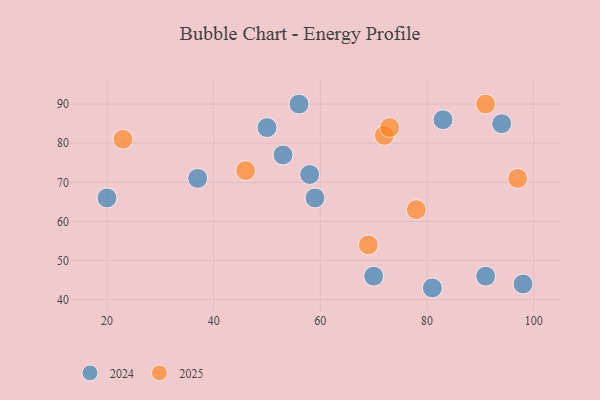
{"axis": {"x": "GDP", "y": "Life Expectancy"}, "legend": ["2024", "2025"], "data": [{"x": "94", "y": 85, "type": "2024"}, {"x": "98", "y": 44, "type": "2024"}, {"x": "83", "y": 86, "type": "2024"}, {"x": "59", "y": 66, "type": "2024"}, {"x": "56", "y": 90, "type": "2024"}, {"x": "70", "y": 46, "type": "2024"}, {"x": "58", "y": 72, "type": "2024"}, {"x": "81", "y": 43, "type": "2024"}, {"x": "20", "y": 66, "type": "2024"}, {"x": "50", "y": 84, "type": "2024"}, {"x": "91", "y": 46, "type": "2024"}, {"x": "37", "y": 71, "type": "2024"}, {"x": "53", "y": 77, "type": "2024"}, {"x": "69", "y": 54, "type": "2025"}, {"x": "23", "y": 81, "type": "2025"}, {"x": "46", "y": 73, "type": "2025"}, {"x": "72", "y": 82, "type": "2025"}, {"x": "78", "y": 63, "type": "2025"}, {"x": "97", "y": 71, "type": "2025"}, {"x": "91", "y": 90, "type": "2025"}, {"x": "73", "y": 84, "type": "2025"}]}